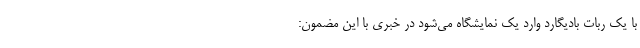
با یک ربات بادیگارد وارد یک نمایشگاه می‌شود در خبری با این مضمون: